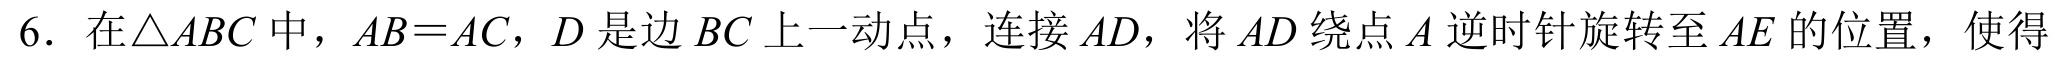
6. 在\(\triangle ABC\)中，\(AB = AC\)，\(D\)是边\(BC\)上一动点，连接\(AD\)，将\(AD\)绕点\(A\)逆时针旋转至\(AE\)的位置，使得